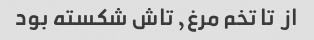
از  تا تخم مرغ, تاش شکسته بود